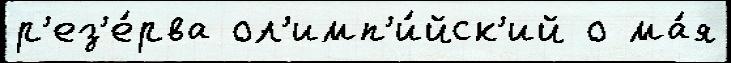
р'ез'е́рва ол'имп'и́йск'ий о ма́я